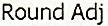
ROUND ADJ